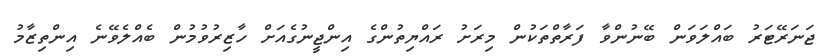
ޖަނަރޭޓަރު ބައްލަވަން ބޭނުންވާ ފަރާތްތަކުން މިރަށު ރައްޔިތުންގެ އިންޖީނުގެއަށް ހާޒިރުވުމުން ބެއްލެވޭނެ އިންތިޒާމު